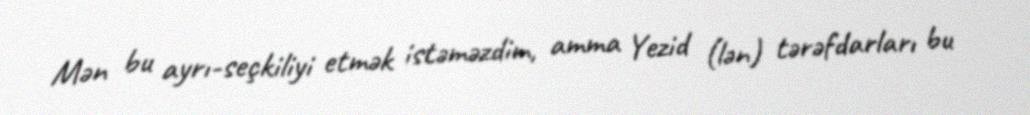
Mən bu ayrı-seçkiliyi etmək istəməzdim, amma Yezid (lən) tərəfdarları bu